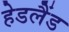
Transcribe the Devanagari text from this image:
हेडलैंड